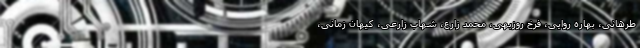
طرهانی، بهاره روایی، فرخ روزبهی، محمد زارع، شهاب زارعی، کیهان زمانی،